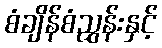
စံချိန်စံညွှန်းနှင့်